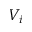
V _ { i }